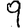
Digit: 9